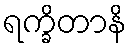
ရက္ခိတာနိ